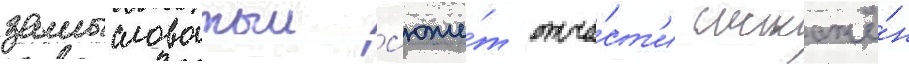
замысловатыи с'юже́т отча́ст'и искажё́н